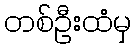
တစ်ဦးထံမှ